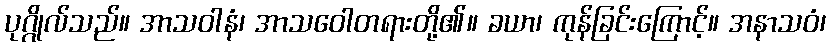
ပုဂ္ဂိုလ်သည်။ အာသဝါနံ၊ အာသဝေါတရားတို့၏။ ခယာ၊ ကုန်ခြင်းကြောင့်။ အနာသဝံ၊